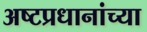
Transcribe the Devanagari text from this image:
अष्टप्रधानांच्या